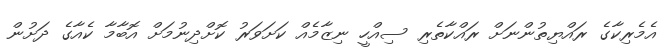
އެމެރިކާގެ ރައްޔިތުންނަށް ރައްކާތެރި ސިއްހީ ނިޒާމެއް ކަށަވަރު ކޮށްދިނުމަށް އޮބާމާ ކެއާގެ ދަށުން